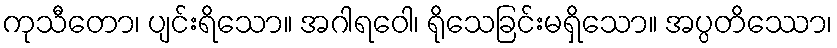
ကုသီတော၊ ပျင်းရိသော။ အဂါရဝေါ၊ ရိုသေခြင်းမရှိသော။ အပ္ပတိဿော၊